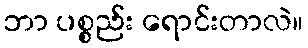
ဘာ ပစ္စည်း ရောင်းတာလဲ။